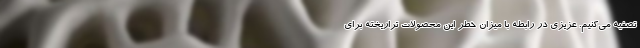
تصفیه می‌کنیم. عزیزی در رابطه با میزان خطر این محصولات تراریخته برای